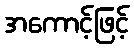
အကောင့်ဖြင့်